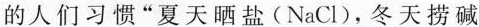
的人们习惯”夏天晒盐(NaCl)，冬天捞碱